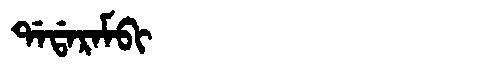
Manchu: ᡩᠠᡩᠠᡵᠠᠮᠪᡳ
Romanization: DADARAMBI